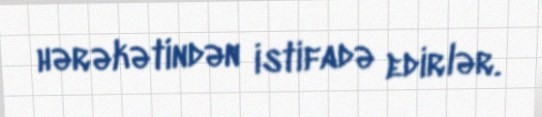
hərəkətindən istifadə edirlər.